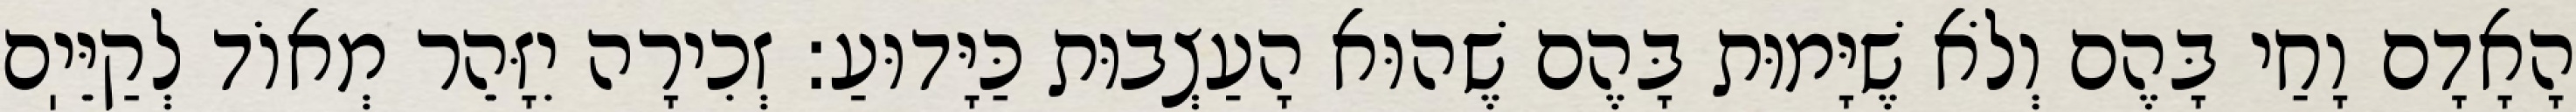
הָאָדָם וָחַי בָּהֶם וְלֹא שֶׁיָּמוּת בָּהֶם שֶׁהוּא הָעַצְבוּת כַּיָּדוּעַ: זְכִירָה יִזָּהֵר מְאוֹד לְקַיֵּיֽם